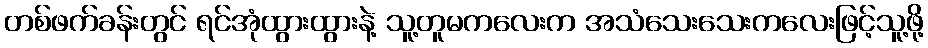
တစ်ဖက်ခန်းတွင် ရင်အုံထွားထွားနဲ့ သူ့တူမကလေးက အသံသေးသေးကလေးဖြင့်သူ့ဖို့